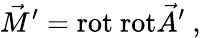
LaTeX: \vec{M}^{\prime}=\mathrm{rot~rot}\vec{A}^{\prime}~,